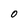
Character: O